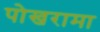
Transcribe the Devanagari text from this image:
पोखरामा